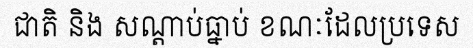
ជាតិ និង សណ្តាប់ធ្នាប់ ខណៈដែលប្រទេស